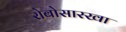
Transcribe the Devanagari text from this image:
रोबोसारखा